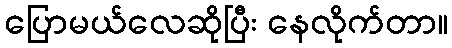
ပြောမယ်လေဆိုပြီး နေလိုက်တာ။